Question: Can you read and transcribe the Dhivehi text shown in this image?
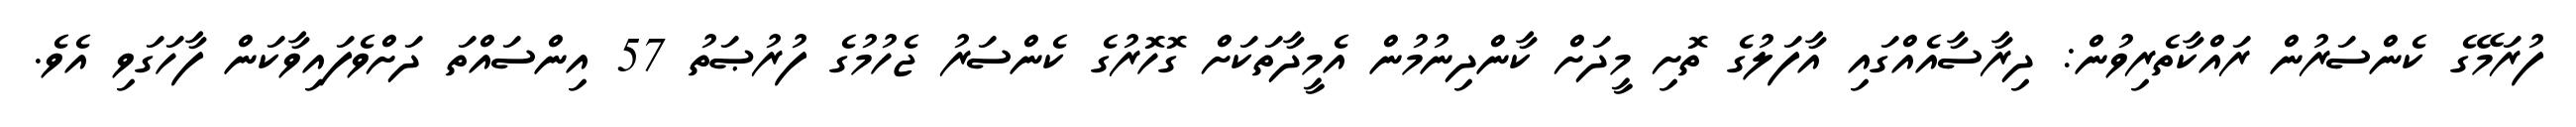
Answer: ފުރަމޭގެ ކެންސަރުން ރައްކާތެރިވުން: ދިރާސާއެއްގައި އާފަލުގެ ތޮށި މީދަށް ކާންދިނުމުން އެމީދާތަކަށް ގޮހޮރުގެ ކެންސަރު ޖެހުމުގެ ފުރުޞަތު 57 އިންސައްތަ ދަށްވެފައިވާކަން ފާހަގަވި އެވެ.